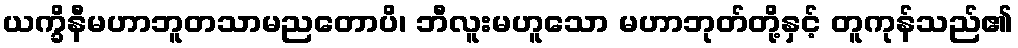
ယက္ခိနီမဟာဘူတသာမညတောပိ၊ ဘီလူးမဟူသော မဟာဘုတ်တို့နှင့် တူကုန်သည်၏